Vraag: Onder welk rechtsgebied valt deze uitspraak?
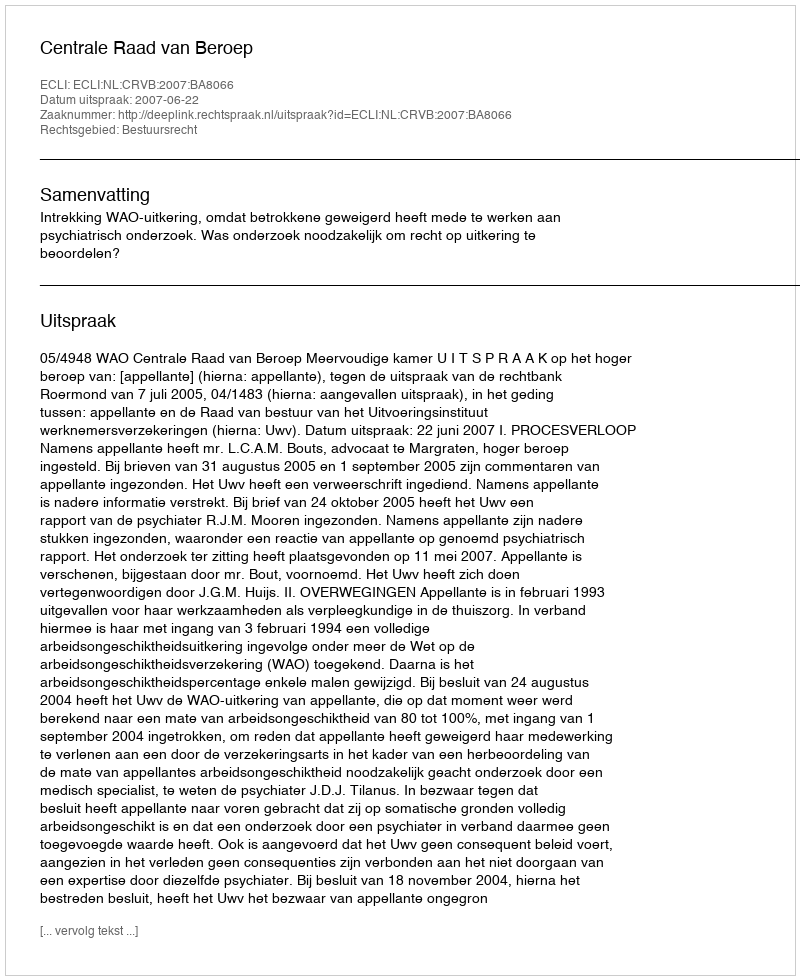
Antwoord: Bestuursrecht